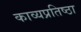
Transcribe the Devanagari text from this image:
काव्यप्रतिष्ठा